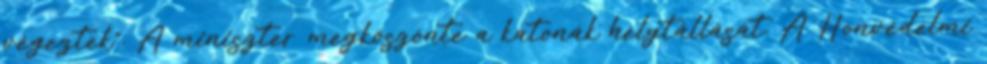
végeztek". A miniszter megköszönte a katonák helytállását. A Honvédelmi